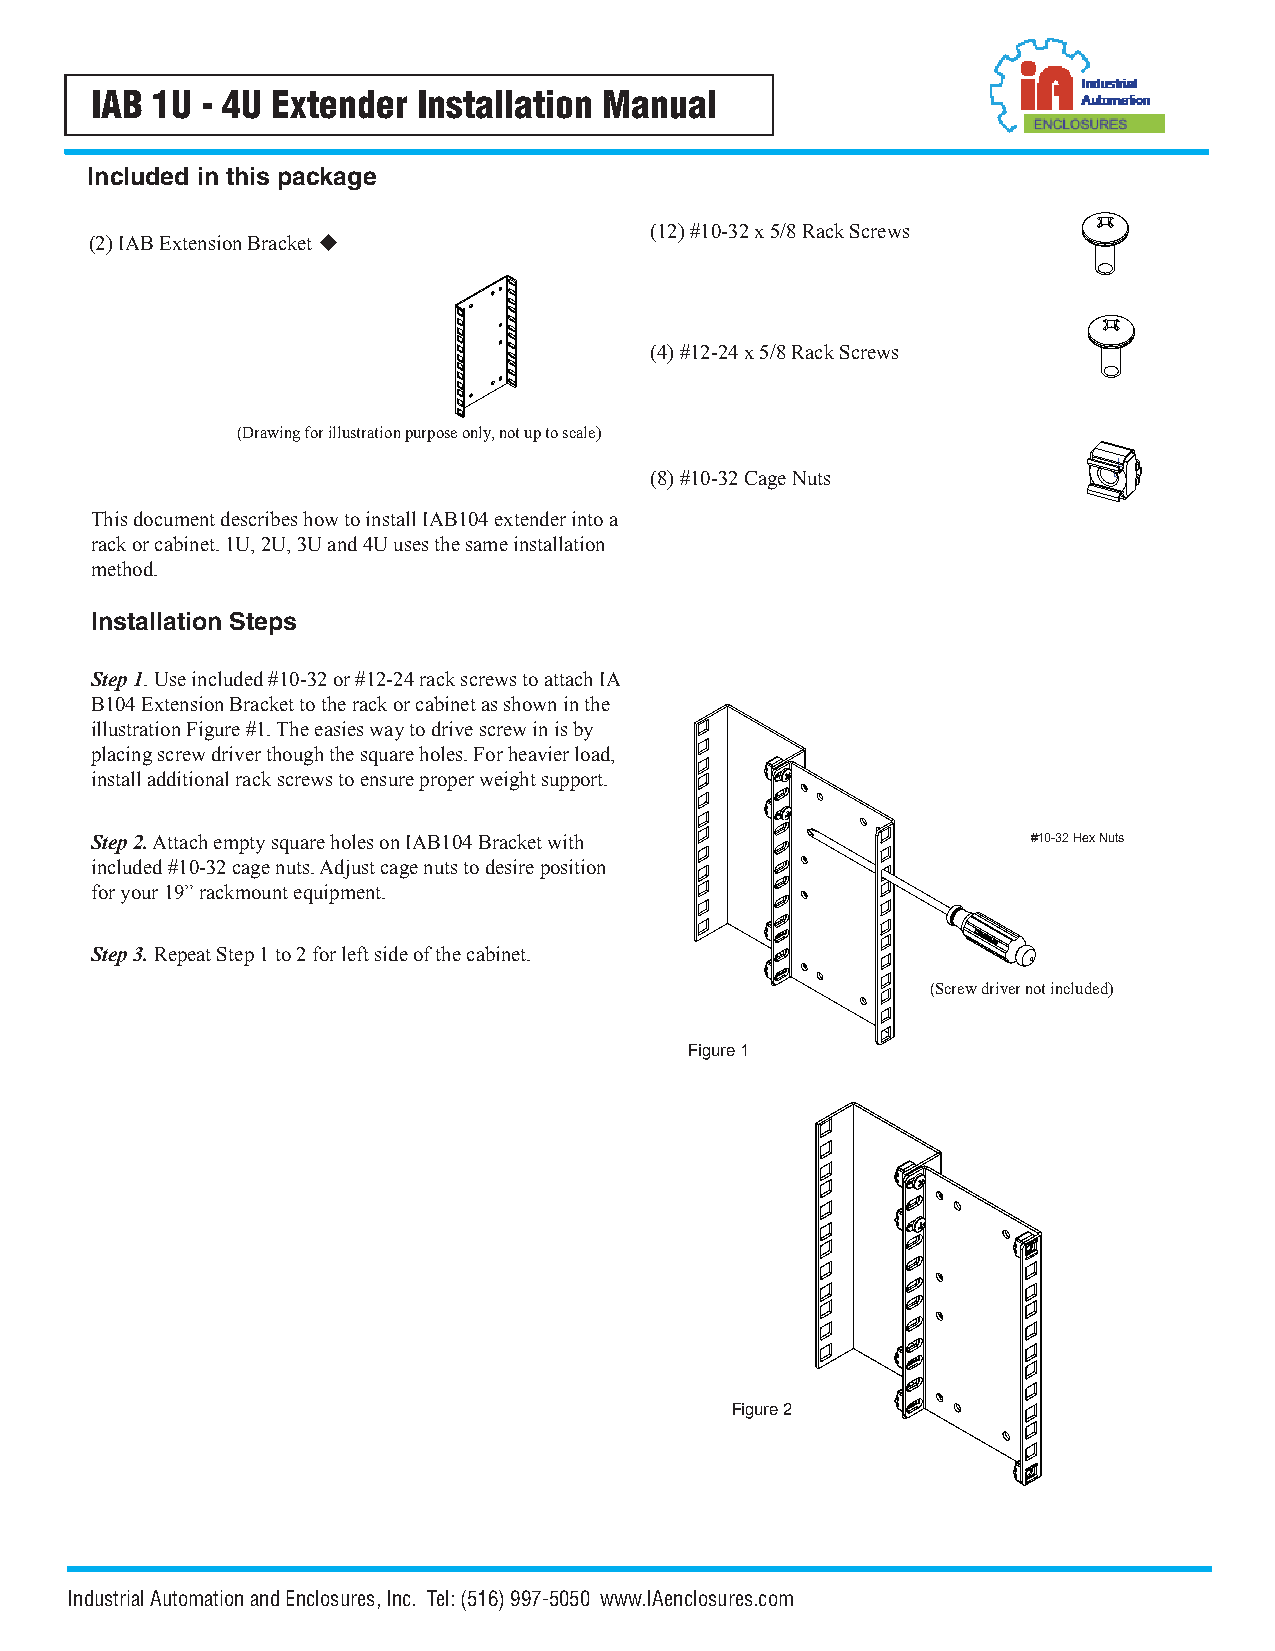
IAB 1U - 4U Extender  Installation Manual
 Included in this package
 (12) #10-32 x 5/8 Rack Screws
 (2) IAB Extension Bracket 
 (4) #12-24 x 5/8 Rack Screws
 (Drawing for illustration purpose only, not up to scale)
 (8) #10-32 Cage Nuts
 This document describes how to install IAB104 extender into a
 rack or cabinet. 1U, 2U, 3U and 4U uses the same installation
 method.
 Installation Steps
 Step 1. Use included #10-32 or #12-24 rack screws to attach IA
 B104 Extension Bracket to the rack or cabinet as shown in the
 illustration Figure #1. The easies way to drive screw in is by
 placing screw driver though the square holes. For heavier load,
 install additional rack screws to ensure proper weight support.
 Step 2. Attach empty square holes on IAB104 Bracket with      #10-32 Hex Nuts
 included #10-32 cage nuts. Adjust cage nuts to desire position
 for your 19” rackmount equipment.
 Step 3. Repeat Step 1 to 2 for left side of the cabinet.
 (Screw driver not included)
 Figure 1
 Figure 2
 Industrial Automation and Enclosures, Inc. Tel: (516) 997-5050 www.IAenclosures.com